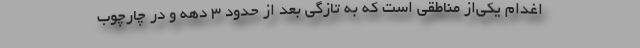
اغدام یکی‌از مناطقی است که به تازگی بعد از حدود ۳ دهه و در چارچوب